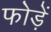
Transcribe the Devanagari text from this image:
फोड़ें